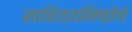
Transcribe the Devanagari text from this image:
साहित्यनिष्ठेचे